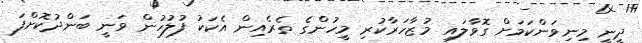
ދީނީ މިނިވަންކަމަށް ގޮވާލައި މުޒާހަރާކުރި މީހުންގެ ތެރެއިން އެކަކު ފުލުހުން ވަނީ ބަންދުކޮށްފަ